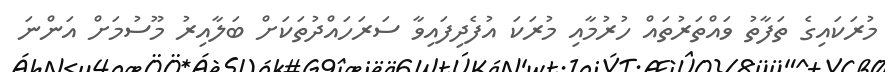
މުރަކައިގެ ތަފާތު ވައްތަރުތައް ހުރުމާއި މުރަކަ އުފެދިފައިވާ ސަރަހައްދުތަކަށް ބަލާއިރު މޫސުމަށް އަންނަ